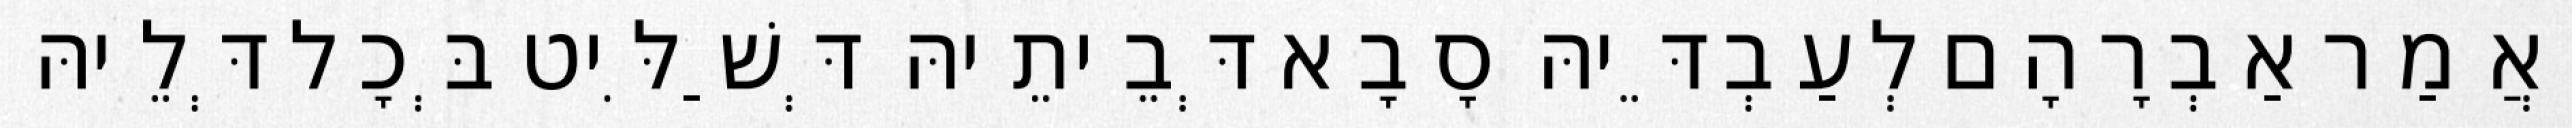
וַאֲמַר אַבְרָהָם לְעַבְדֵּיהּ סָבָא דְּבֵיתֵיהּ דְּשַׁלִּיט בְּכָל דְּלֵיהּ